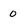
Character: 0